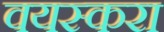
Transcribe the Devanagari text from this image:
वयस्करा